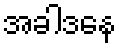
အခါဒနေ